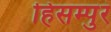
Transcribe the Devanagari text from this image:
हिसम्पुर